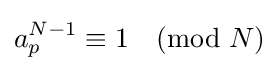
a_{p}^{N-1}\equiv 1{\pmod {N}}